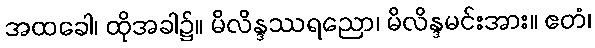
အထခေါ၊ ထိုအခါ၌။ မိလိန္ဒဿရညော၊ မိလိန္ဒမင်းအား။ ဧတံ၊